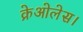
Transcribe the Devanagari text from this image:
क्रेओलेस।